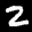
Label: 2